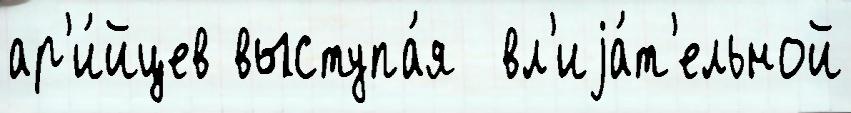
ар'и́йцев выступа́я  вл'иjа́т'ельной